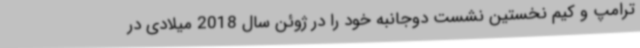
ترامپ و کیم نخستین نشست دوجانبه خود را در ژوئن سال 2018 میلادی در